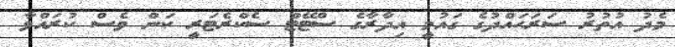
މެދު އުތުރު ސަރަޙައްދުގެ ގައުމީ އިދާރާގެ ސްޓޭޓް ސެކްރެޓަރީ ކަން ވެސް ކުރައްވާ